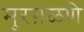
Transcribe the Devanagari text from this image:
मुरग़ळणे